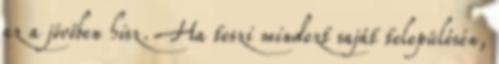
az a jövőben hisz. Ha teszi mindezt saját településén,